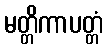
မတ္တိကာပတ္တံ